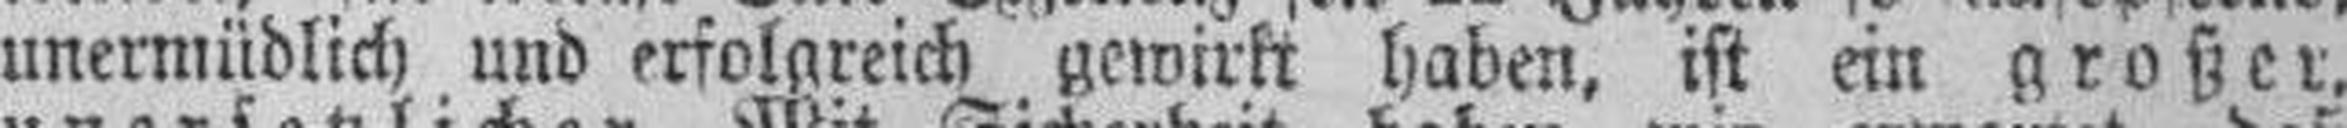
unermüdlich und erfolgreich gewirkt haben, ist ein großer,